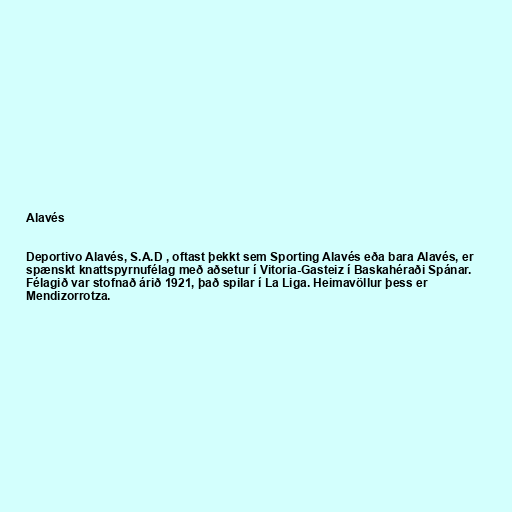
Alavés

Deportivo Alavés, S.A.D , oftast þekkt sem Sporting Alavés eða bara Alavés, er
spænskt knattspyrnufélag með aðsetur í Vitoria-Gasteiz í Baskahéraði Spánar.
Félagið var stofnað árið 1921, það spilar í La Liga. Heimavöllur þess er
Mendizorrotza.